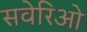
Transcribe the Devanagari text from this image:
सवेरिओ